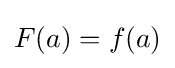
F(a)=f(a)